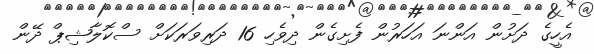
އެހީގެ ދަށުން އަންނަ އަހަރުން ފެށިގެން ދިވެހި 16 ދަރިވަރަކަށް ސްކޮލާޝިޕް ދޭން